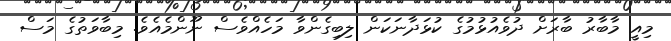
މިއީ މާބާރު ބާރަށް ދުވެއުޅުމުގެ ކުޅަދާނަކަން ލިބިގެންވާ މަހެއްވެސް ނޫންމެއެވެ. މިބާވަތުގެ މަސް